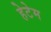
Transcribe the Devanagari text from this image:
हेटेम